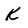
Character: K